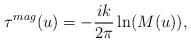
LaTeX: \begin{align*}\tau^{mag}(u) = - \frac {ik}{2\pi} \ln (M(u)),\end{align*}